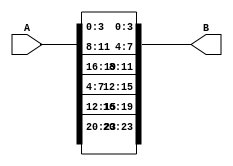
module transpose_test(A,B);

	input [23:0] A;	//3*2*4-1
	output[23:0] B;	//2*3*4-1

	
	wire signed [3:0] A_arr [2:0][1:0];
	reg signed [3:0] B_arr [1:0][2:0];

	assign {{A_arr[0][0], A_arr[0][1]},
			  {A_arr[1][0], A_arr[1][1]},
			  {A_arr[2][0], A_arr[2][1]}} = A;

	integer i,j;
	always @*
	begin
		for(i=0; i<2; i=i+1)
		begin
			for(j=0; j<3; j=j+1)
				B_arr[i][j] = A_arr[j][i];
		end
	end
	
	assign B = {{B_arr[0][0], B_arr[0][1], B_arr[0][2]},
					{B_arr[1][0], B_arr[1][1], B_arr[1][2]}};
	
endmodule